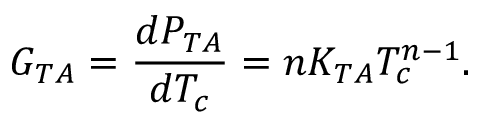
G _ { T A } = \frac { d P _ { T A } } { d T _ { c } } = n K _ { T A } T _ { c } ^ { n - 1 } .